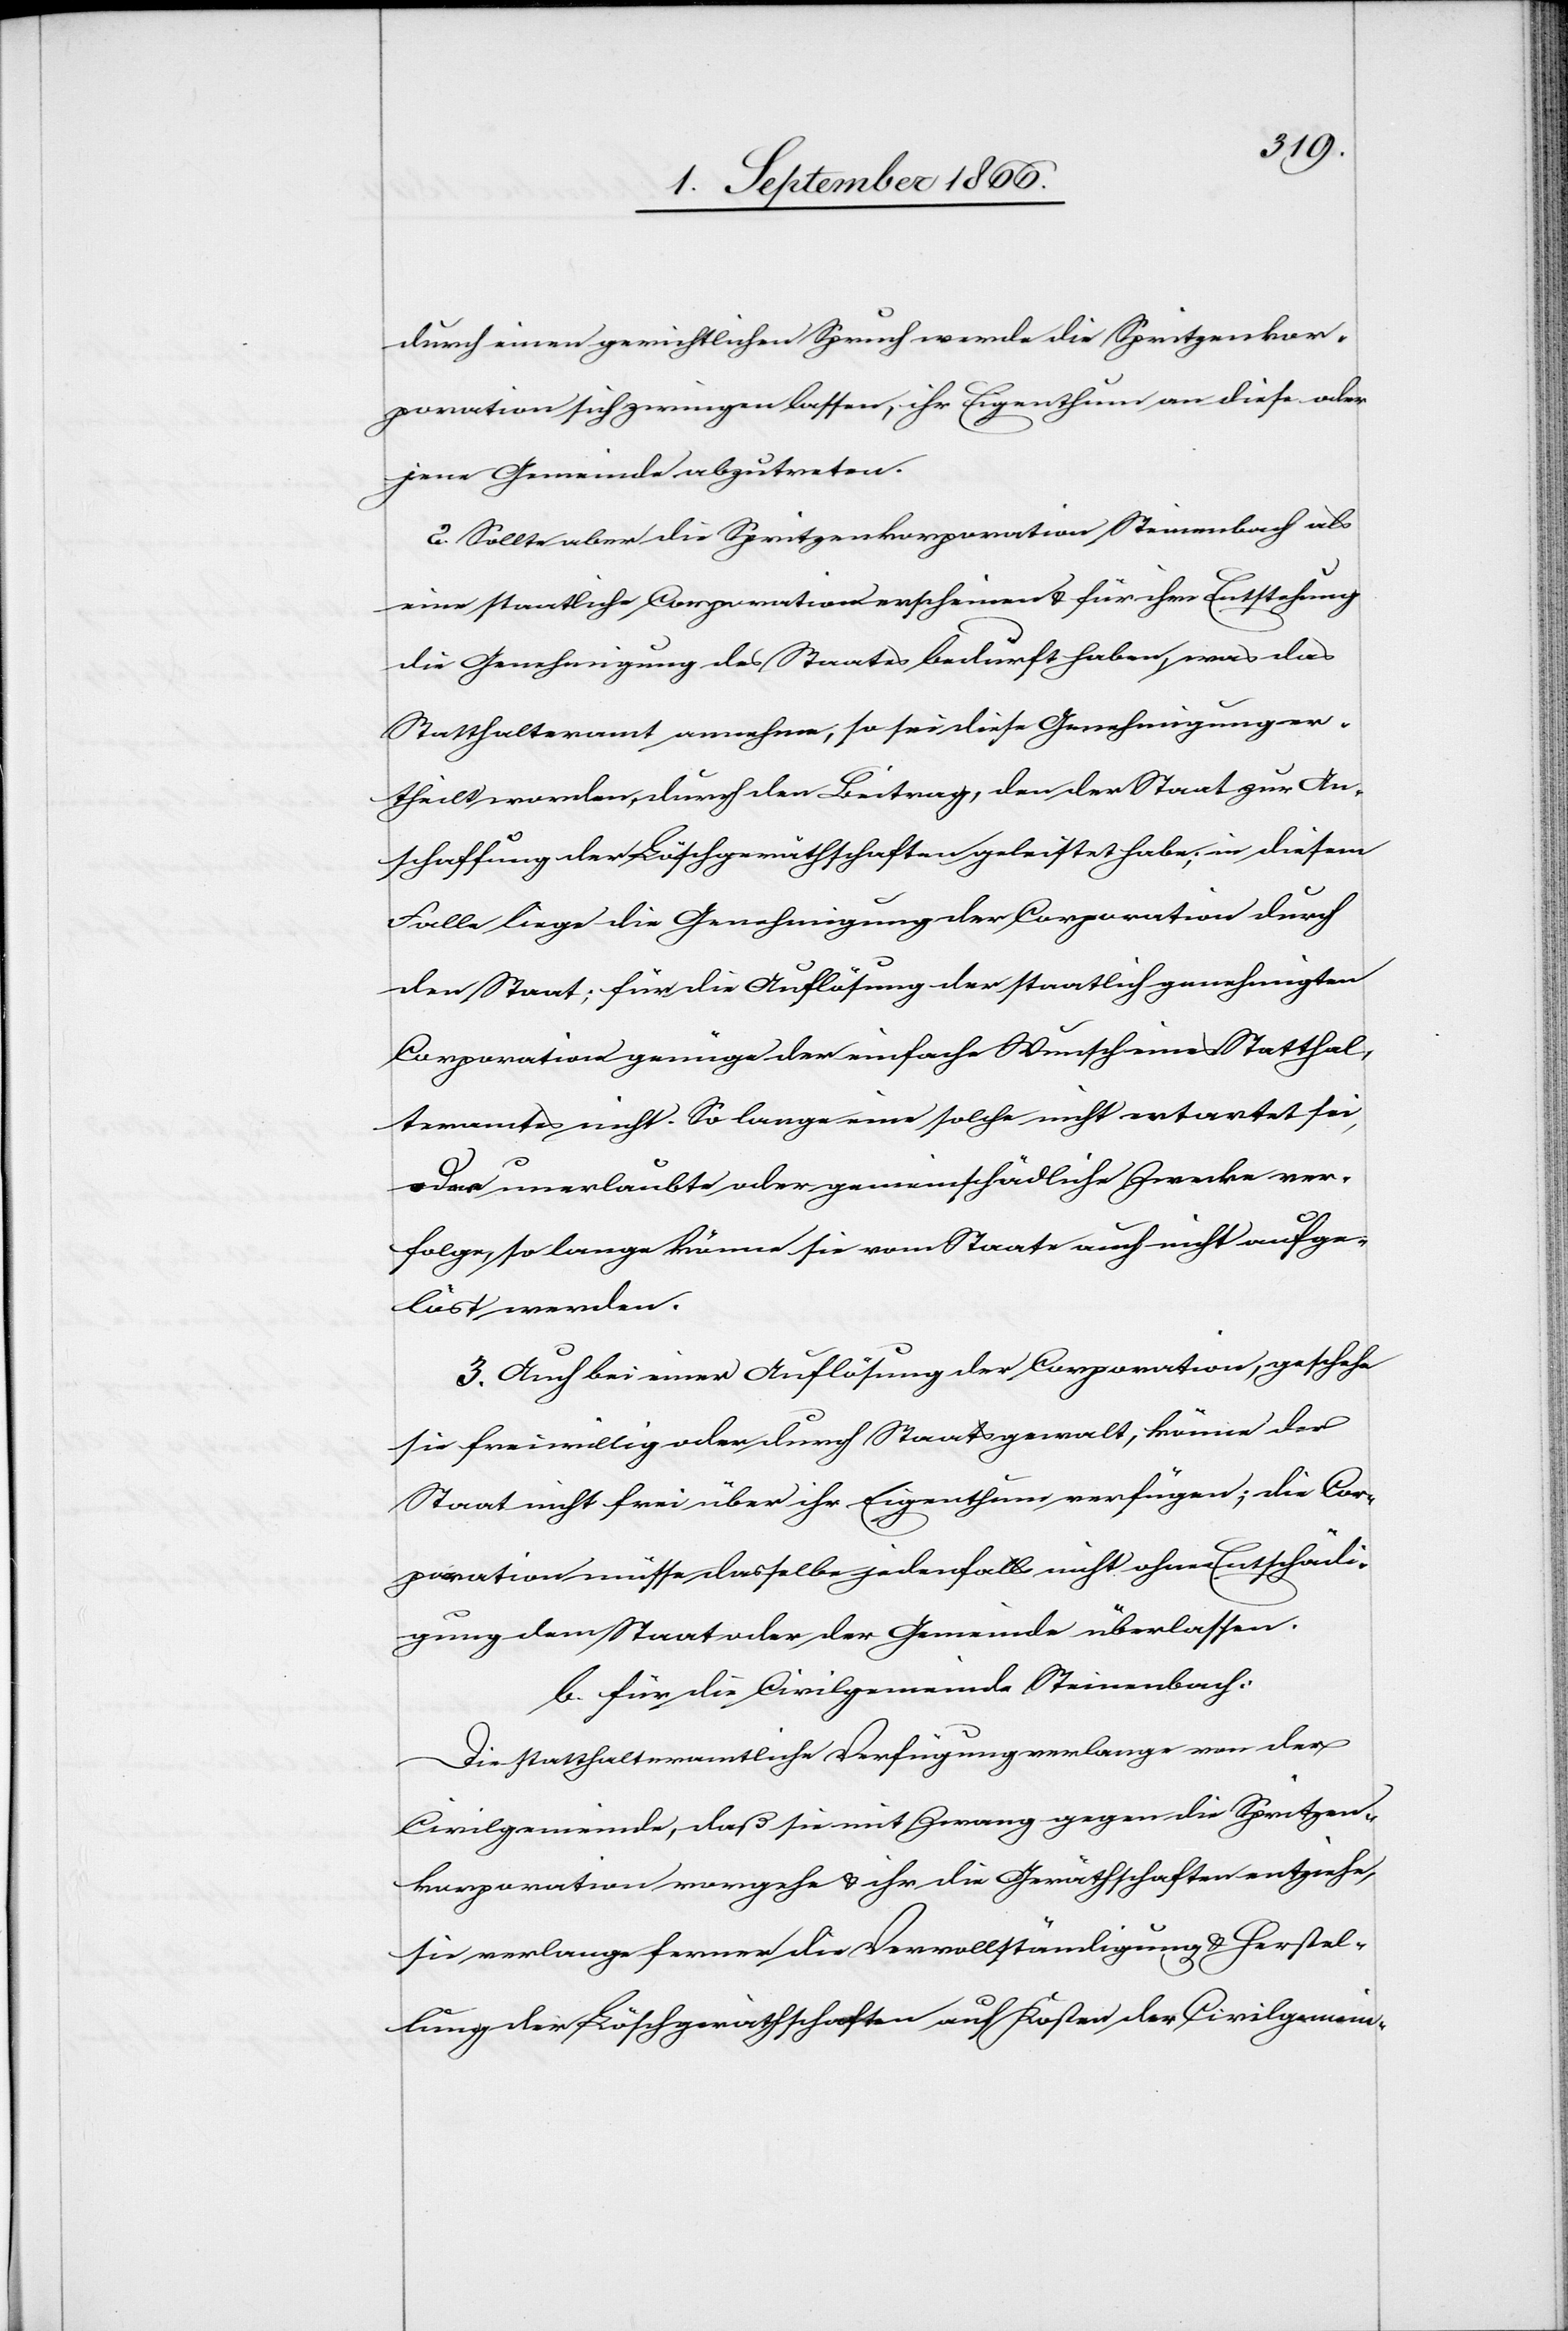
durch einen gerichtlichen Spruch werde die Spritzenkor¬
poration sich zwingen lassen, ihr Eigenthum an diese oder
jene Gemeinde abzutreten.
2. Sollte aber die Spritzenkorporation Steinenbach als
eine staatliche Corporation erscheinen u. für ihre Entstehung
die Genehmigung des Staates bedurft haben, was das
Statthalteramt annehme, so sei diese Genehmigung er¬
theilt worden, durch den Beitrag, den der Staat zur An¬
schaffung der Löschgeräthschaften geleistet habe; in diesem
Falle liege die Genehmigung der Corporation durch
den Staat; die für Auflösung der staatlich genehmigten
Corporation genüge der einfach Wunsch eines Statthal¬
teramtes nicht [sic!]. So lange eine solche nicht entartet sei,
oder unerlaubte oder gemeinschädliche Zwecke ver¬
folge, so lange könne sie vom Staate auch nicht aufge¬
löst werden.
3. Auch bei einer Auflösung der Corporation, geschehe
sie freiwillig oder durch Staatsgewalt, könne der
Staat nicht frei über ihr Eigenthum verfügen; die Cor¬
poration müsse dasselbe jedenfalls nicht ohne Entschädi¬
gung dem Staat oder der Gemeinde überlassen.
b. für die Civilgemeinde Steinenbach:
Die statthalteramtliche Verfügung verlange von der
Civilgemeinde, daß sie mit Zwang gegen die Spritzen¬
korporation vorgehe u. ihr die Geräthschaften entziehe,
sie verlange ferner die Vervollständigung u. Herstel¬
lung der Löschgeräthschaften auf Kosten der Civilgemein-